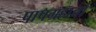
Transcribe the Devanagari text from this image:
पापग्रहाचा